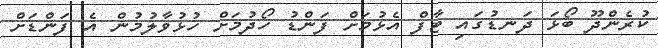
ކުރެންދޫ ބޯޅަ ދަނޑުގައި ޓާާފް އެޅުމަށް ފަންޑު ހޯދުމަށް ހުޅުވާލުމުން އެ ފަންޑަށް